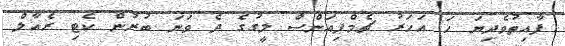
ފާއިތުވެދިޔަ ހަ އަހަރު ޗެމްޕިއަންސް ލީގުގެ ދެ ވަނަ ބުރުން ކެޓި ރެއާލް